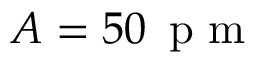
A = 5 0 \, \mathrm { ~ p ~ m ~ }